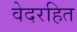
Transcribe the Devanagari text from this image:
वेदरहित